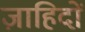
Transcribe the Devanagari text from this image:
ज़ाहिदों